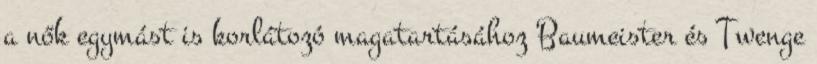
a nők egymást is korlátozó magatartásához Baumeister és Twenge